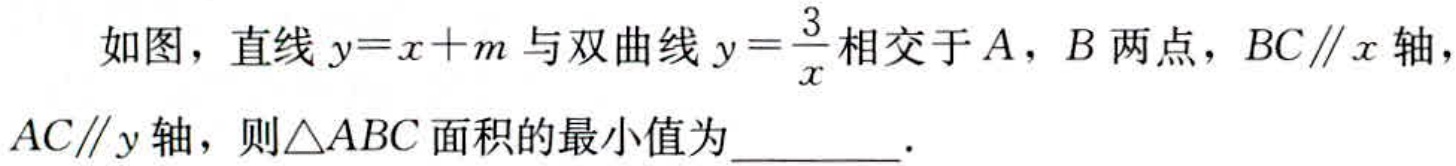
如图，直线\(y = x + m\)与双曲线\(y=\dfrac{3}{x}\)相交于\(A\)，\(B\)两点，\(BC\parallel x\)轴，\(AC\parallel y\)轴，则\(\triangle ABC\)面积的最小值为  ．